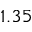
1 . 3 5